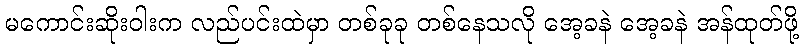
မကောင်းဆိုးဝါးက လည်ပင်းထဲမှာ တစ်ခုခု တစ်နေသလို အေ့ခနဲ အေ့ခနဲ အန်ထုတ်ဖို့